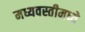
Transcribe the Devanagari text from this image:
मध्यवस्तीमध्ये